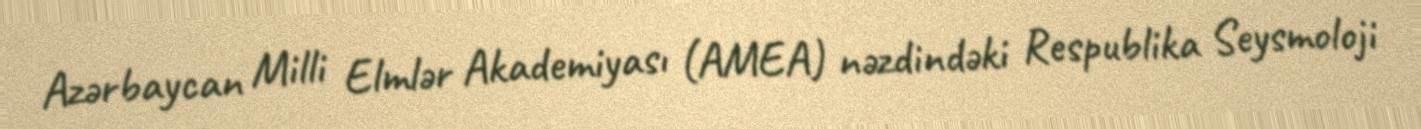
Azərbaycan Milli Elmlər Akademiyası (AMEA) nəzdindəki Respublika Seysmoloji